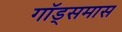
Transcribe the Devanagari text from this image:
गॉड्समास